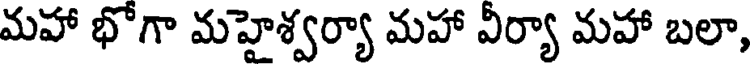
మహా భోగా మహైశ్వర్యా మహా వీర్యా మహా బలా,